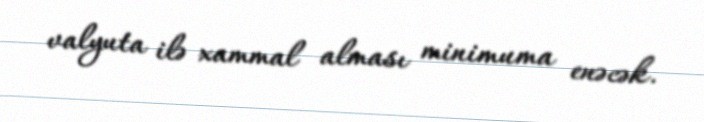
valyuta ilə xammal alması minimuma enəcək.